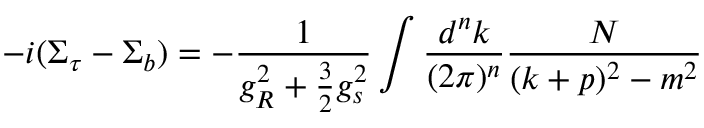
- i ( \Sigma _ { \tau } - \Sigma _ { b } ) = - \frac { 1 } { g _ { R } ^ { 2 } + \frac { 3 } { 2 } g _ { s } ^ { 2 } } \int \frac { d ^ { n } k } { ( 2 \pi ) ^ { n } } \frac { N } { ( k + p ) ^ { 2 } - m ^ { 2 } }